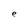
Character: e